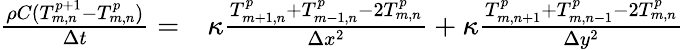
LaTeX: \begin{array}{rl}{\frac{\rho C(T_{m,n}^{p+1}-T_{m,n}^{p})}{\Delta t}=}&{{}\kappa\frac{T_{m+1,n}^{p}+T_{m-1,n}^{p}-2T_{m,n}^{p}}{\Delta x^{2}}+\kappa\frac{T_{m,n+1}^{p}+T_{m,n-1}^{p}-2T_{m,n}^{p}}{\Delta y^{2}}}\end{array}